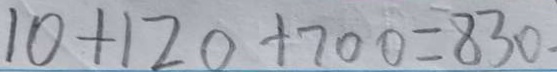
1 0 + 1 2 0 + 7 0 0 = 8 3 0